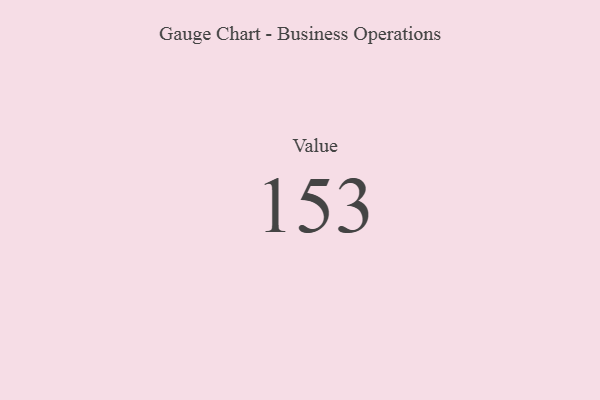
{"axis": {"x": "Metric", "y": "Value"}, "legend": [""], "data": [{"x": "Value", "y": 153, "type": ""}]}